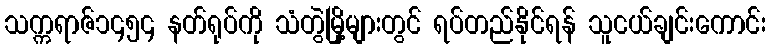
သက္ကရာဇ်၁၄၅၄ နတ်ရုပ်ကို သံတွဲမြို့များတွင် ရပ်တည်နိုင်ရန် သူငယ်ချင်းကောင်း